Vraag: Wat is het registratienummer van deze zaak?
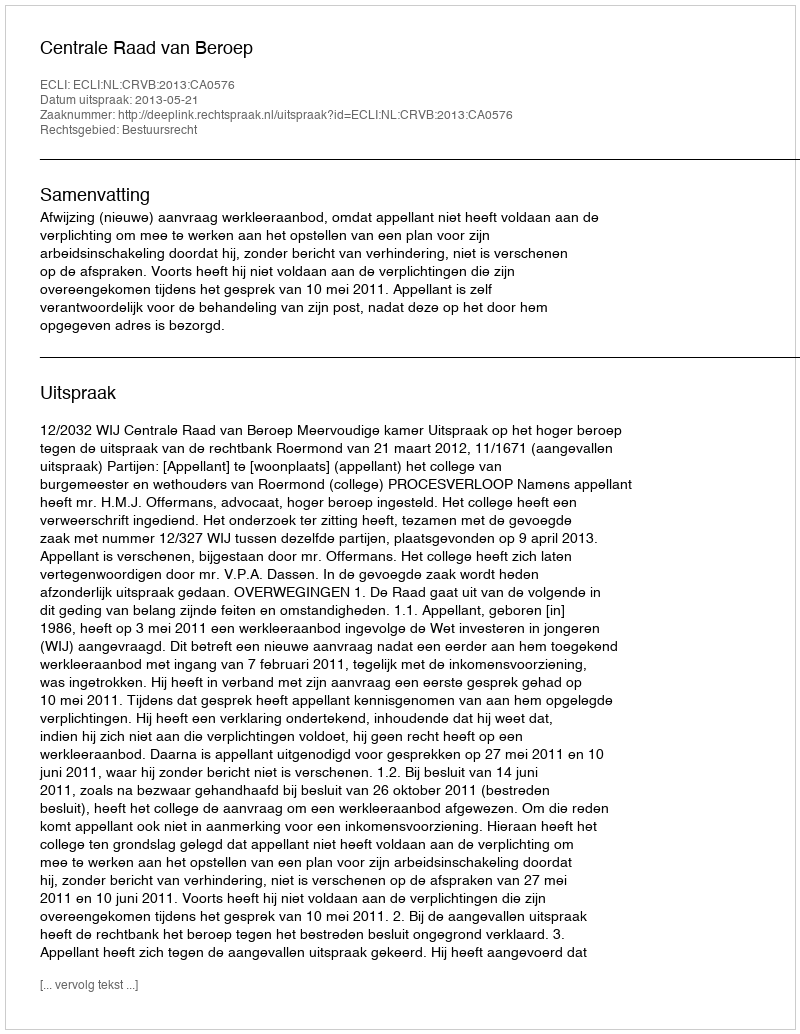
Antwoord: http://deeplink.rechtspraak.nl/uitspraak?id=ECLI:NL:CRVB:2013:CA0576